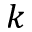
k